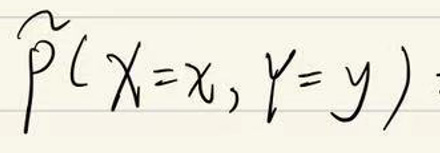
$P(X = x, Y = y)$